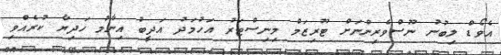
އެވޯޑް ލިބުނު ނޫސްވެރިންނަށް ޓޫރިޒަމް މިނިސްޓަރު އަހުމަދު އަދީބު އިނާމު ހަދިޔާ ކުރެއްވި